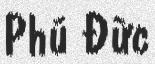
Phú Đức